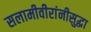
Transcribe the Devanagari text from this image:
सलामीवीरांनीसुद्धा